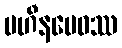
ပဟီနမေဝဿ